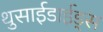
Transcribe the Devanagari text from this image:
थुसाईडाईड्स